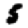
Digit: 5